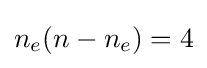
n_{e}(n-n_{e})=4